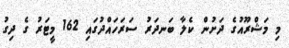
މި މަޝްރޫއުގެ ދަށުން ކެލާ ބަނދަރު ސަރަހައްދުގައި 162 މީޓަރު ގެ ދިގު